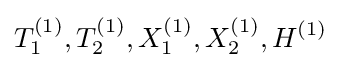
T_{1}^{(1)},T_{2}^{(1)},X_{1}^{(1)},X_{2}^{(1)},H^{(1)}